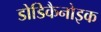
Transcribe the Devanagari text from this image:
डोडिकैनोइक